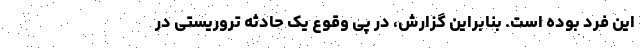
این فرد بوده است. بنابراین گزارش، در پی وقوع یک حادثه تروریستی در